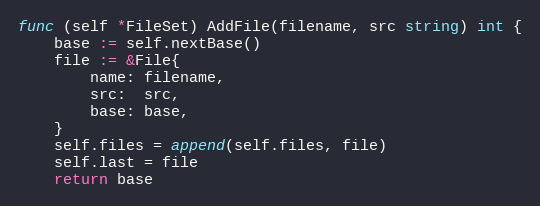
Language: Go
func (self *FileSet) AddFile(filename, src string) int {
	base := self.nextBase()
	file := &File{
		name: filename,
		src:  src,
		base: base,
	}
	self.files = append(self.files, file)
	self.last = file
	return base